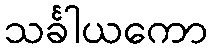
သင်္ခါယကော